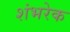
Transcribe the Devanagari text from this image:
शंभरेक